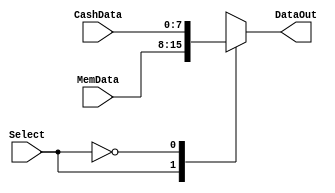
module DoutMux#(
parameter     DATA_WIDTH                =8
)
(
input                                   Select,
input         [(DATA_WIDTH-1):0]        CashData,
input         [(DATA_WIDTH-1):0]        MemData,
output reg    [(DATA_WIDTH-1):0]        DataOut
    );
	 
	 /*reg [1:0] memory_data_sel=0;
	 always begin
		memory_data_sel=memory_data_select;
	 end*/
	 
	 always @* 
	 begin
		case (Select)
			1'b1: begin
						DataOut=MemData;
						//$display($time,"*****Data is selected from memory  : 00 ****");
					end
			1'b0: begin 
						DataOut=CashData;
						//$display($time,"*****Data is selected from cache*****");
					end
		endcase
	end
endmodule